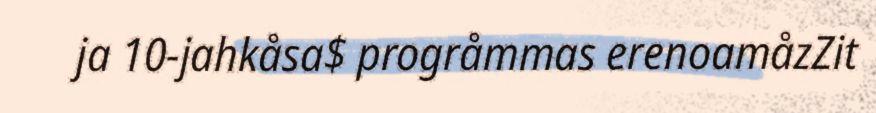
ja 10-jahkåsa$ progråmmas erenoamåzZit